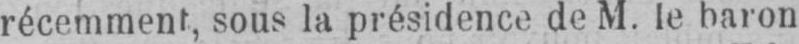
sous la présidence de M. le baron